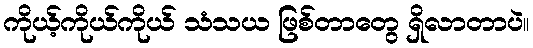
ကိုယ့်ကိုယ်ကိုယ် သံသယ ဖြစ်တာတွေ ရှိလာတာပဲ။